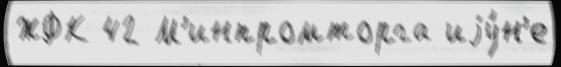
ЖФК 42 М'инпромторга иjу́н'е